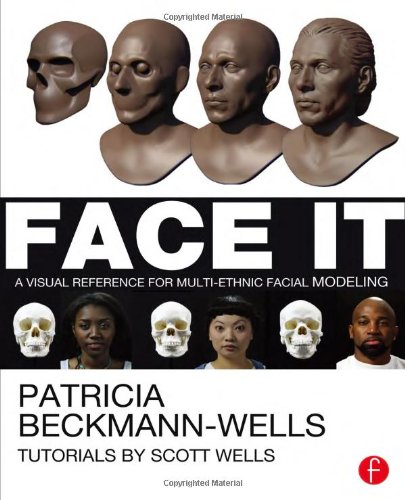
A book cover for Face It: A Visual Reference for Multi-ethnic Facial Modeling; Patricia Beckmann Wells; Computers & Technology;